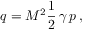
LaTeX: q = M ^ { 2 } { \frac { 1 } { 2 } } \, \gamma \, p \, ,